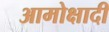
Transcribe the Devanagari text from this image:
आमोक्षादी